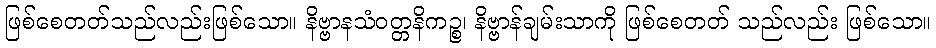
ဖြစ်စေတတ်သည်လည်းဖြစ်သော။ နိဗ္ဗာနသံဝတ္တနိကဉ္စ၊ နိဗ္ဗာန်ချမ်းသာကို ဖြစ်စေတတ် သည်လည်း ဖြစ်သော။